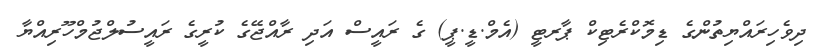
ދިވެހިރައްޔިތުންގެ ޑިމޮކްރެޓިކް ޕާރޓީ (އެމް.ޑީ.ޕީ) ގެ ރައީސް އަދި ރާއްޖޭގެ ކުރީގެ ރައީސުލްޖުމްހޫރިއްޔާ